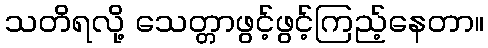
သတိရလို့ သေတ္တာဖွင့်ဖွင့်ကြည့်နေတာ။